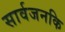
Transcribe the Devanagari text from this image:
सार्वजनकि